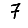
Digit: 7